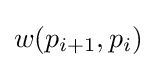
w(p_{i+1},p_{i})